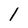
Character: 1